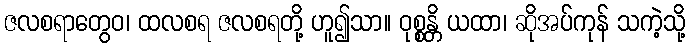
ဇလစရာတွေဝ၊ ထလစရ ဇလစရတို့ ဟူ၍သာ။ ဝုစ္စန္တိ ယထာ၊ ဆိုအပ်ကုန် သကဲ့သို့